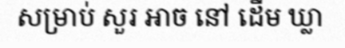
សម្រាប់ សួរ អាច នៅ ដើម ឃ្លា